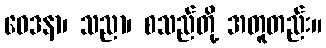
ဝေဒနာ၊ သညာ၊ စသည်တို့ အတူတည်း။